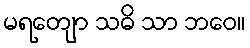
မရတျော သဓိ သာ ဘဝေ။